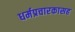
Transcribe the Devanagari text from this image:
धर्मप्रचारकासह